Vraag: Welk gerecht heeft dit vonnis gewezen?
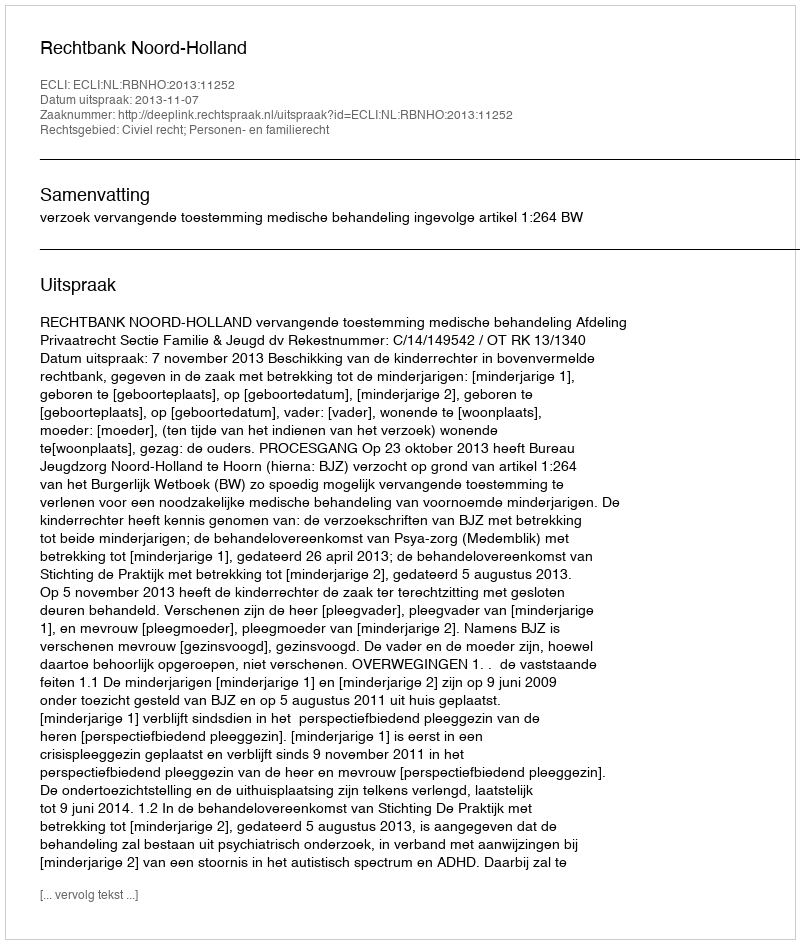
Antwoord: Rechtbank Noord-Holland